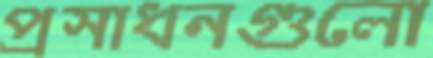
প্রসাধনগুলো